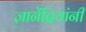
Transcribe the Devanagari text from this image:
ज्ञानेंद्रियांनी